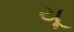
યૂ